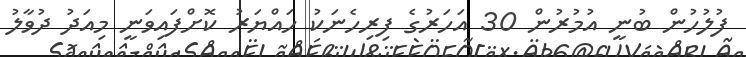
ފުލުހުން ބުނީ އުމުރުން 30 އަހަރުގެ ފިރިހެނަކު ހައްޔަރު ކޮށްފައިވަނީ މިއަދު ދުވާލު